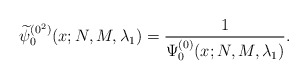
\begin{gather*} \widetilde{\psi }_{0}^{(0^{2})}(x;N,M,\lambda _{1})=\frac{1}{ \Psi _{0}^{(0) }(x;N,M,\lambda _{1})}.\end{gather*}